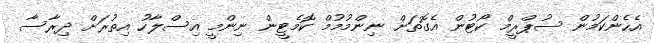
އެހެންކަމުން ސުޕްރީމް ކޯޓުން އެގޮތަށް ނިންމުމުމް ކޮމެޓީން ނިންމީ އިސްލާހު އިތުރަށް ދިރާސާ